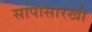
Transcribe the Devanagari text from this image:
सापासारखी